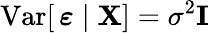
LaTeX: \operatorname{Var}[\, {\boldsymbol{\varepsilon}}\mid\mathbf{X}]=\sigma^{2}\mathbf{I}